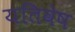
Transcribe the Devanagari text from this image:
यतिवेष